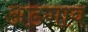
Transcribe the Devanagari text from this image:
अडगाव